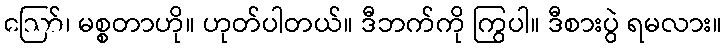
ဪ၊ မစ္စတာဟို။ ဟုတ်ပါတယ်။ ဒီဘက်ကို ကြွပါ။ ဒီစားပွဲ ရမလား။